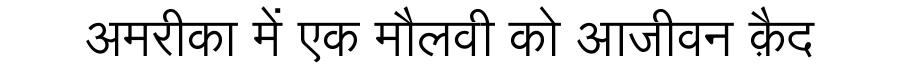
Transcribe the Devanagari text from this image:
अमरीका में एक मौलवी को आजीवन क़ैद